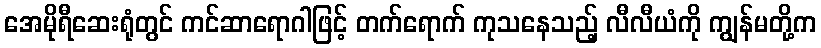
အေမိုရီဆေးရုံတွင် ကင်ဆာရောဂါဖြင့် တက်ရောက် ကုသနေသည့် လီလီယံကို ကျွန်မတို့က